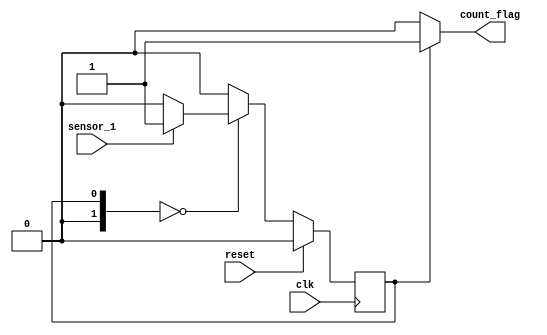
`timescale 1ns / 1ps

module FSM(
input clk,
input reset,
input sensor_1,
// input sensor_2,
output count_flag);

localparam S00 = 0, FLAG = 1; // localparam S00 = 0, S01 = 1, S10 = 2, FLAG = 3;
reg [1:0] current_state = 0; // Current State
reg [1:0] next_state = 0; // Next State
reg set_flag = 1; // Flag for when to count

//--------------------------------------------------------------------------------------------
// Next state sequential logic
//--------------------------------------------------------------------------------------------
always @(posedge clk) begin
    if (reset) current_state <= S00;
    else current_state <= next_state;
end
//--------------------------------------------------------------------------------------------
// Next state combinational logic
//--------------------------------------------------------------------------------------------
always @(current_state, sensor_1)// , sensor_2)
begin
    case(current_state)
        S00: begin
            if (sensor_1)
                next_state = FLAG;
            else
                next_state = S00;
        end
        FLAG: begin
            next_state = S00;
        end
        default: begin // Implied-latch free implementation
            next_state = S00;
        end
endcase
end

//--------------------------------------------------------------------------------------------
// Combinational output logic for each state
//--------------------------------------------------------------------------------------------
always @(current_state) begin
    case (current_state)
        S00: begin
        set_flag = 0;
    end
        FLAG: begin
        set_flag = 1;
    end
    default: begin
        set_flag = 0;
    end
endcase
end
//--------------------------------------------------------------------------------------------
// Output assignment
//--------------------------------------------------------------------------------------------
assign count_flag = set_flag;
endmodule